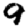
Digit: 9